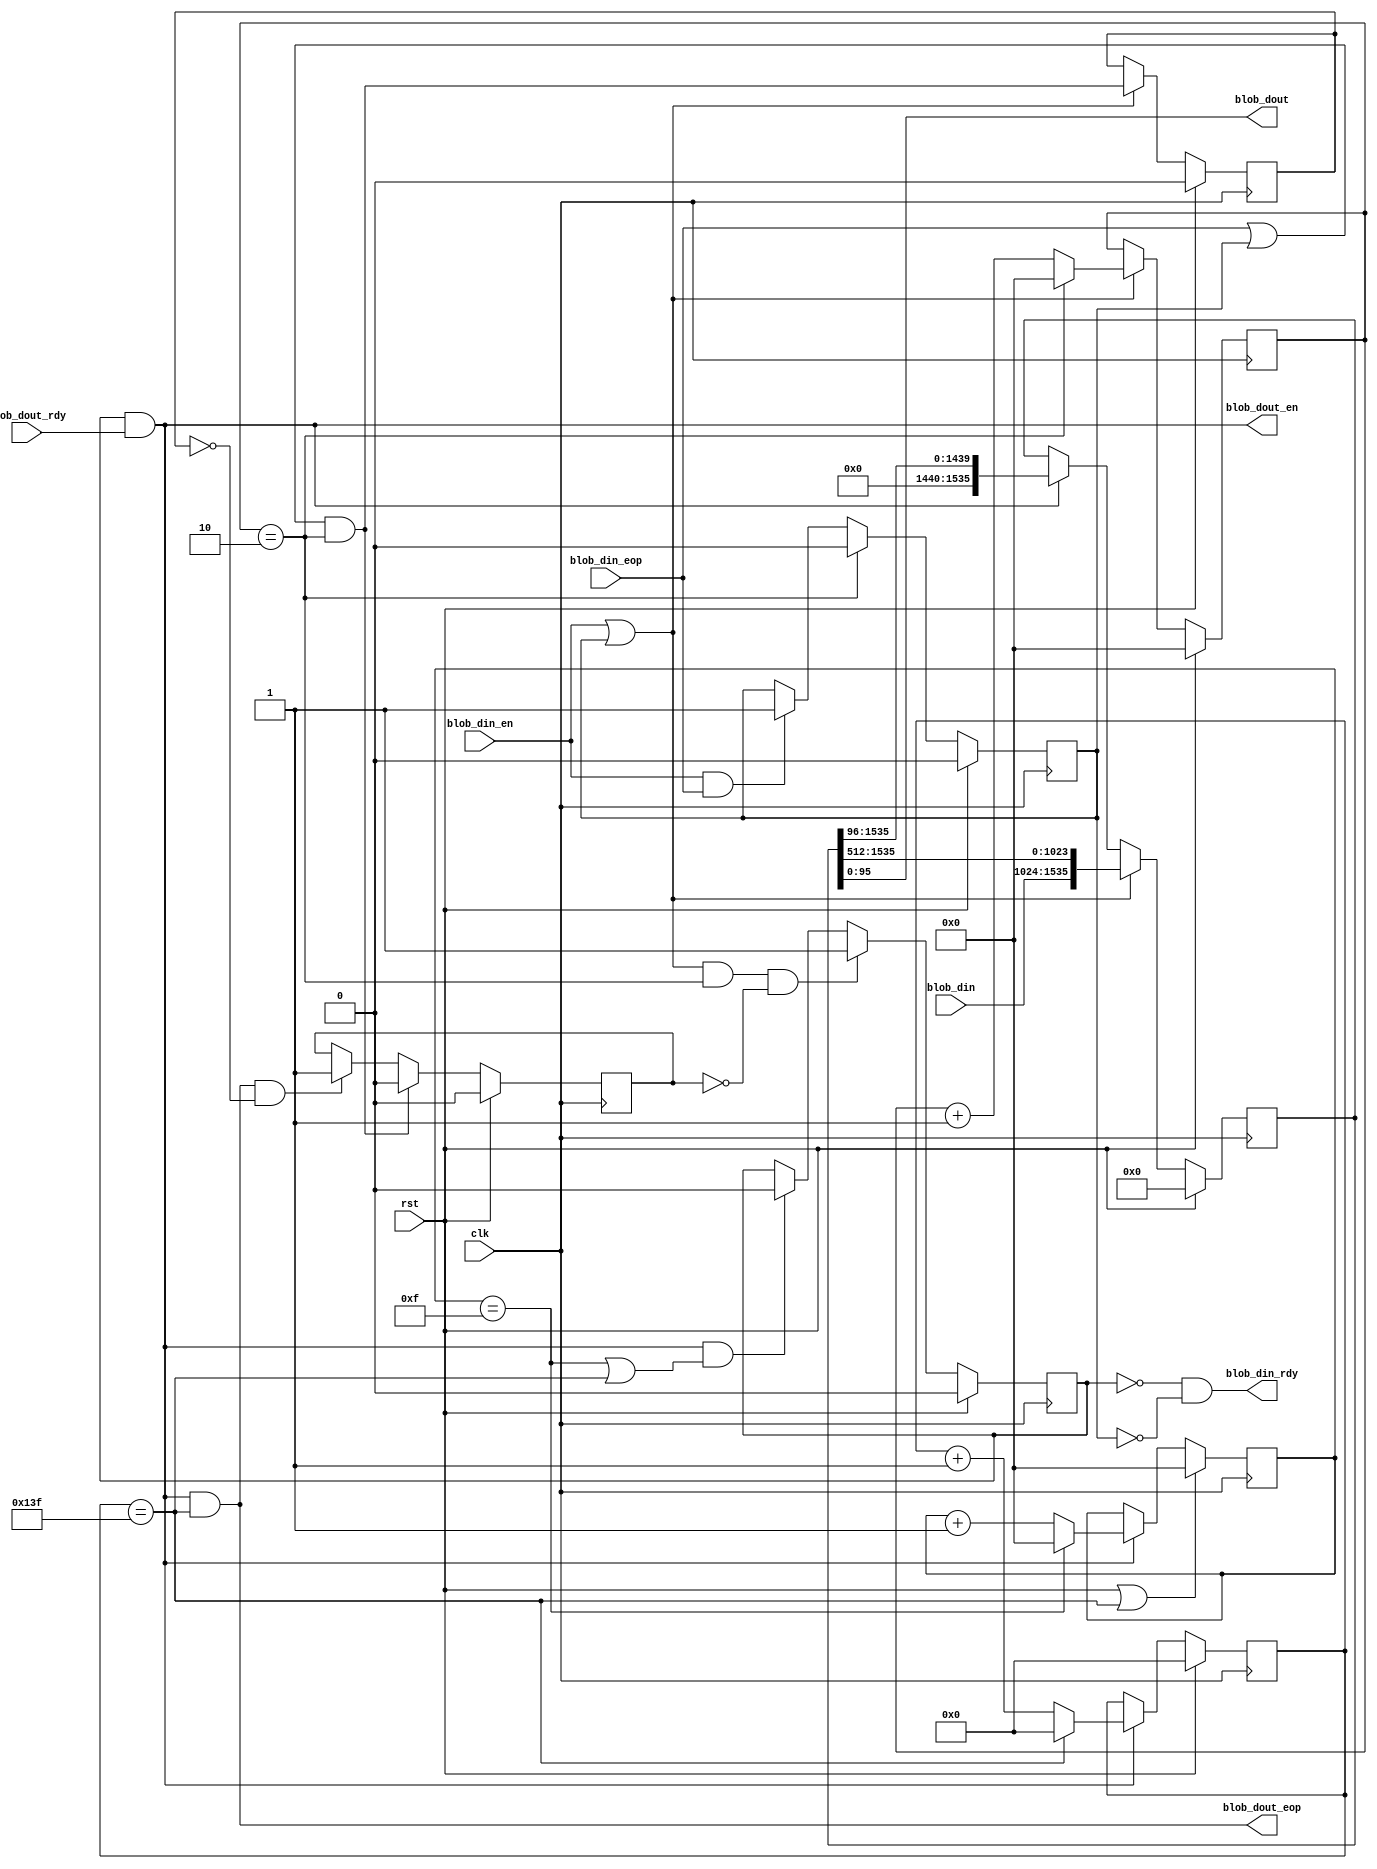
module busm2n(
  clk,
  rst,
  blob_din,
  blob_din_rdy,
  blob_din_en,
  blob_din_eop,
  blob_dout,
  blob_dout_rdy,
  blob_dout_en,
  blob_dout_eop
);

parameter IN_WIDTH  = 512;
parameter OUT_WIDTH = 96;
parameter COM_MUL   = 1536;
parameter IN_COUNT  = COM_MUL / IN_WIDTH;
parameter OUT_COUNT = COM_MUL / OUT_WIDTH;
parameter N         = 320;

//========================================
//input/output  declare
//========================================
input                                 clk;
input                                 rst;
input      [IN_WIDTH-1:0]             blob_din;
output                                blob_din_rdy;
input                                 blob_din_en;
input                                 blob_din_eop;
output     [OUT_WIDTH-1:0]            blob_dout;
input                                 blob_dout_rdy;
output                                blob_dout_en;
output                                blob_dout_eop;

reg [15:0] din_cnt;
reg auto_pad;
always @ (posedge clk)
begin
  if(rst)
    din_cnt <= 16'b0;
  else if(blob_din_en | auto_pad)
    begin
      if(din_cnt == IN_COUNT - 1)
        din_cnt <= 16'b0;
      else
        din_cnt <= din_cnt + 1;
    end
  else
    din_cnt <= din_cnt;
end

//auto_pad for shit register...
always @ (posedge clk)
begin
  if(rst)
    auto_pad <= 0;
  else if(din_cnt == IN_COUNT - 1)
    auto_pad <= 0;
  else if(blob_din_en & blob_din_eop)
    auto_pad <= 1;
  else
    auto_pad <= auto_pad;
end

assign blob_din_eop_pad = (blob_din_eop | auto_pad) & (din_cnt == IN_COUNT - 1);

reg [15:0] dout_cnt;
reg [31:0] dout_cnt_total;
always @ (posedge clk)
begin
  if(rst | (dout_cnt_total == N-1))
    dout_cnt <= 16'b0;
  else if(blob_dout_en)
    begin
      if(dout_cnt == OUT_COUNT - 1)
        dout_cnt <= 16'b0;
      else
        dout_cnt <= dout_cnt + 1;
    end
  else
    dout_cnt <= dout_cnt;
end

always @ (posedge clk)
begin
  if(rst)
    dout_cnt_total <= 32'b0;
  else if(blob_dout_en)
    begin
      if(dout_cnt_total == N-1)
        dout_cnt_total <= 32'b0;
      else
        dout_cnt_total <= dout_cnt_total + 1'b1;
    end
  else
    dout_cnt_total <= dout_cnt_total;
end

reg  [COM_MUL-1:0]  din_tmp;
generate 
  if (COM_MUL == IN_WIDTH) begin: gen_block
    always @ (posedge clk)
        begin
          if(rst)
            din_tmp <= 0;
          else if(blob_din_en | auto_pad)
            din_tmp <= blob_din;
          else if(blob_dout_en)
            din_tmp <= (din_tmp >> OUT_WIDTH);
          else
            din_tmp <= din_tmp;
        end
  end
  else begin
    always @ (posedge clk)
        begin
          if(rst)
            din_tmp <= 0;
          else if(blob_din_en | auto_pad)
            din_tmp <= {blob_din, din_tmp[COM_MUL-1:IN_WIDTH]};
          else if(blob_dout_en)
            din_tmp <= (din_tmp >> OUT_WIDTH);
          else
            din_tmp <= din_tmp;
        end
  end
endgenerate

reg last_blob_din;
always @ (posedge clk)
begin
  if (rst)
     last_blob_din <= 1'b0;
  else if (blob_din_en | auto_pad)
     last_blob_din <= blob_din_eop_pad;
  else
     last_blob_din <= last_blob_din;
end

reg trunc_en;
always @ (posedge clk)
begin
  if(rst)
      trunc_en <= 1'b0;
  else if(blob_din_eop_pad)
      trunc_en <= 1'b0;
  else if(blob_dout_eop & (~last_blob_din))
      trunc_en <= 1'b1;
  else
      trunc_en <= trunc_en;
end

reg read_write_sel;
always @ (posedge clk)
begin
  if(rst)
    read_write_sel <= 1'b0;
  else if((blob_din_en | auto_pad) & (din_cnt == IN_COUNT-1) & (~trunc_en)) 
    read_write_sel <= 1'b1;
  else if(blob_dout_en & ((dout_cnt == OUT_COUNT-1) | (dout_cnt_total == N-1)))
    read_write_sel <= 1'b0;
  else
    read_write_sel <= read_write_sel;
end

assign blob_dout = din_tmp[OUT_WIDTH-1:0];
assign blob_din_rdy = ~read_write_sel & (~auto_pad);
assign blob_dout_en = read_write_sel & blob_dout_rdy;
assign blob_dout_eop = blob_dout_en & (dout_cnt_total == N-1);

endmodule